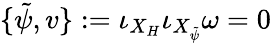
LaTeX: \{ \tilde{\psi},v\} :=\iota_{X_{H}}\iota_{X_{\tilde{\psi}}}\omega=0